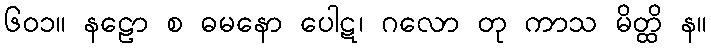
၆၀၁။ နဠော စ ဓမနော ပေါဋ၊ ဂလော တု ကာသ မိတ္ထိ န။